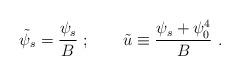
LaTeX: \begin{align*}\tilde\psi_s = {\psi_s\over B} \ ;\qquad \tilde u\equiv {\psi_s + \psi_0^4\over B}\ .\end{align*}